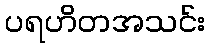
ပရဟိတအသင်း